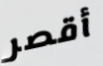
أقصر